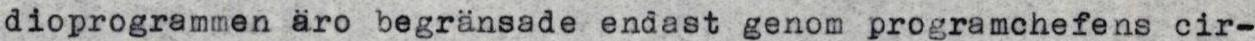
dioprogrammen äro begränsade endast genom programchefens cir-